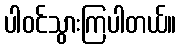
ပါဝင်သွားကြပါတယ်။